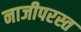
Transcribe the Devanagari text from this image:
नाजीपरस्त